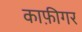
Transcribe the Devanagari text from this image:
काफ़ीगर